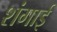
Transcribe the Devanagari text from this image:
शंगाई